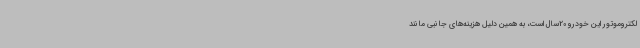
لکتروموتور این خودرو 20سال است، به همین دلیل هزینه‌های جانبی مانند